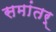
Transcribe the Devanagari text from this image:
समांतर्